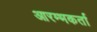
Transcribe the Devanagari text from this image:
आरम्भकर्ता